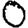
Digit: 0